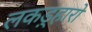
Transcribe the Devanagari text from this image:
लकड़्हारों